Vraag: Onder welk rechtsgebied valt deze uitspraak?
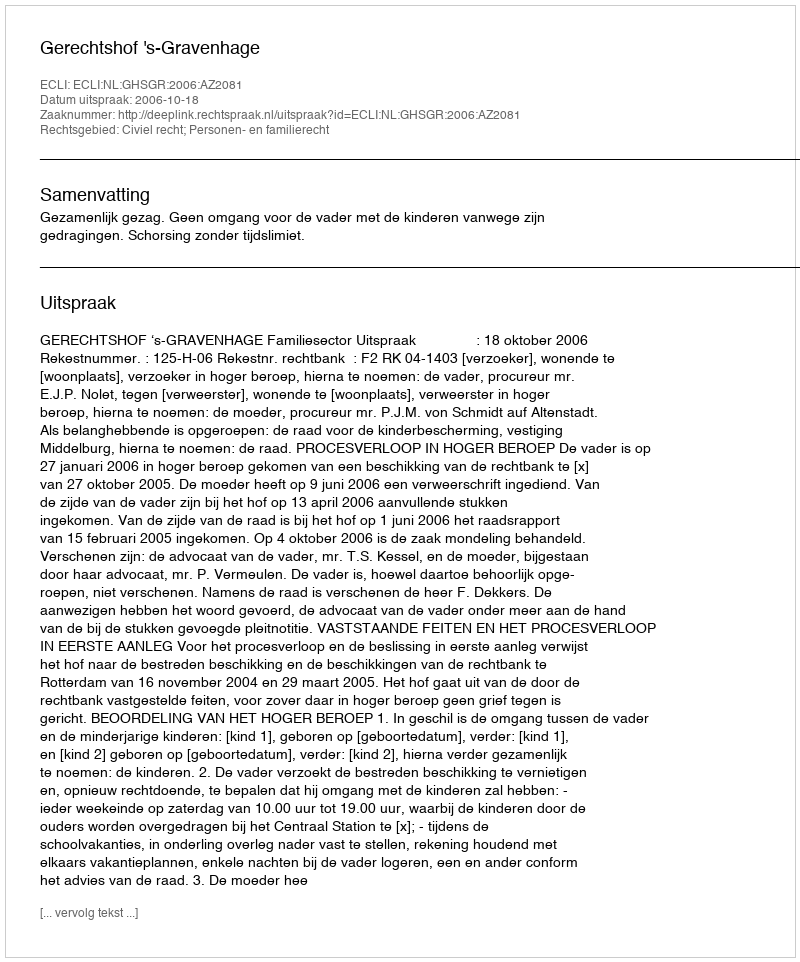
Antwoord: Civiel recht; Personen- en familierecht